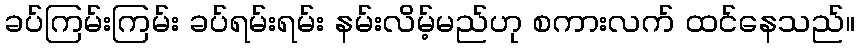
ခပ်ကြမ်းကြမ်း ခပ်ရမ်းရမ်း နမ်းလိမ့်မည်ဟု စကားလက် ထင်နေသည်။